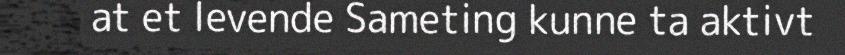
at et levende Sameting kunne ta aktivt